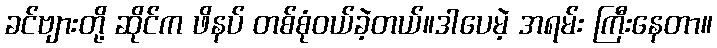
ခင်ဗျားတို့ ဆိုင်က ဖိနပ် တစ်စုံဝယ်ခဲ့တယ်။ဒါပေမဲ့ အရမ်း ကြီးနေတာ။